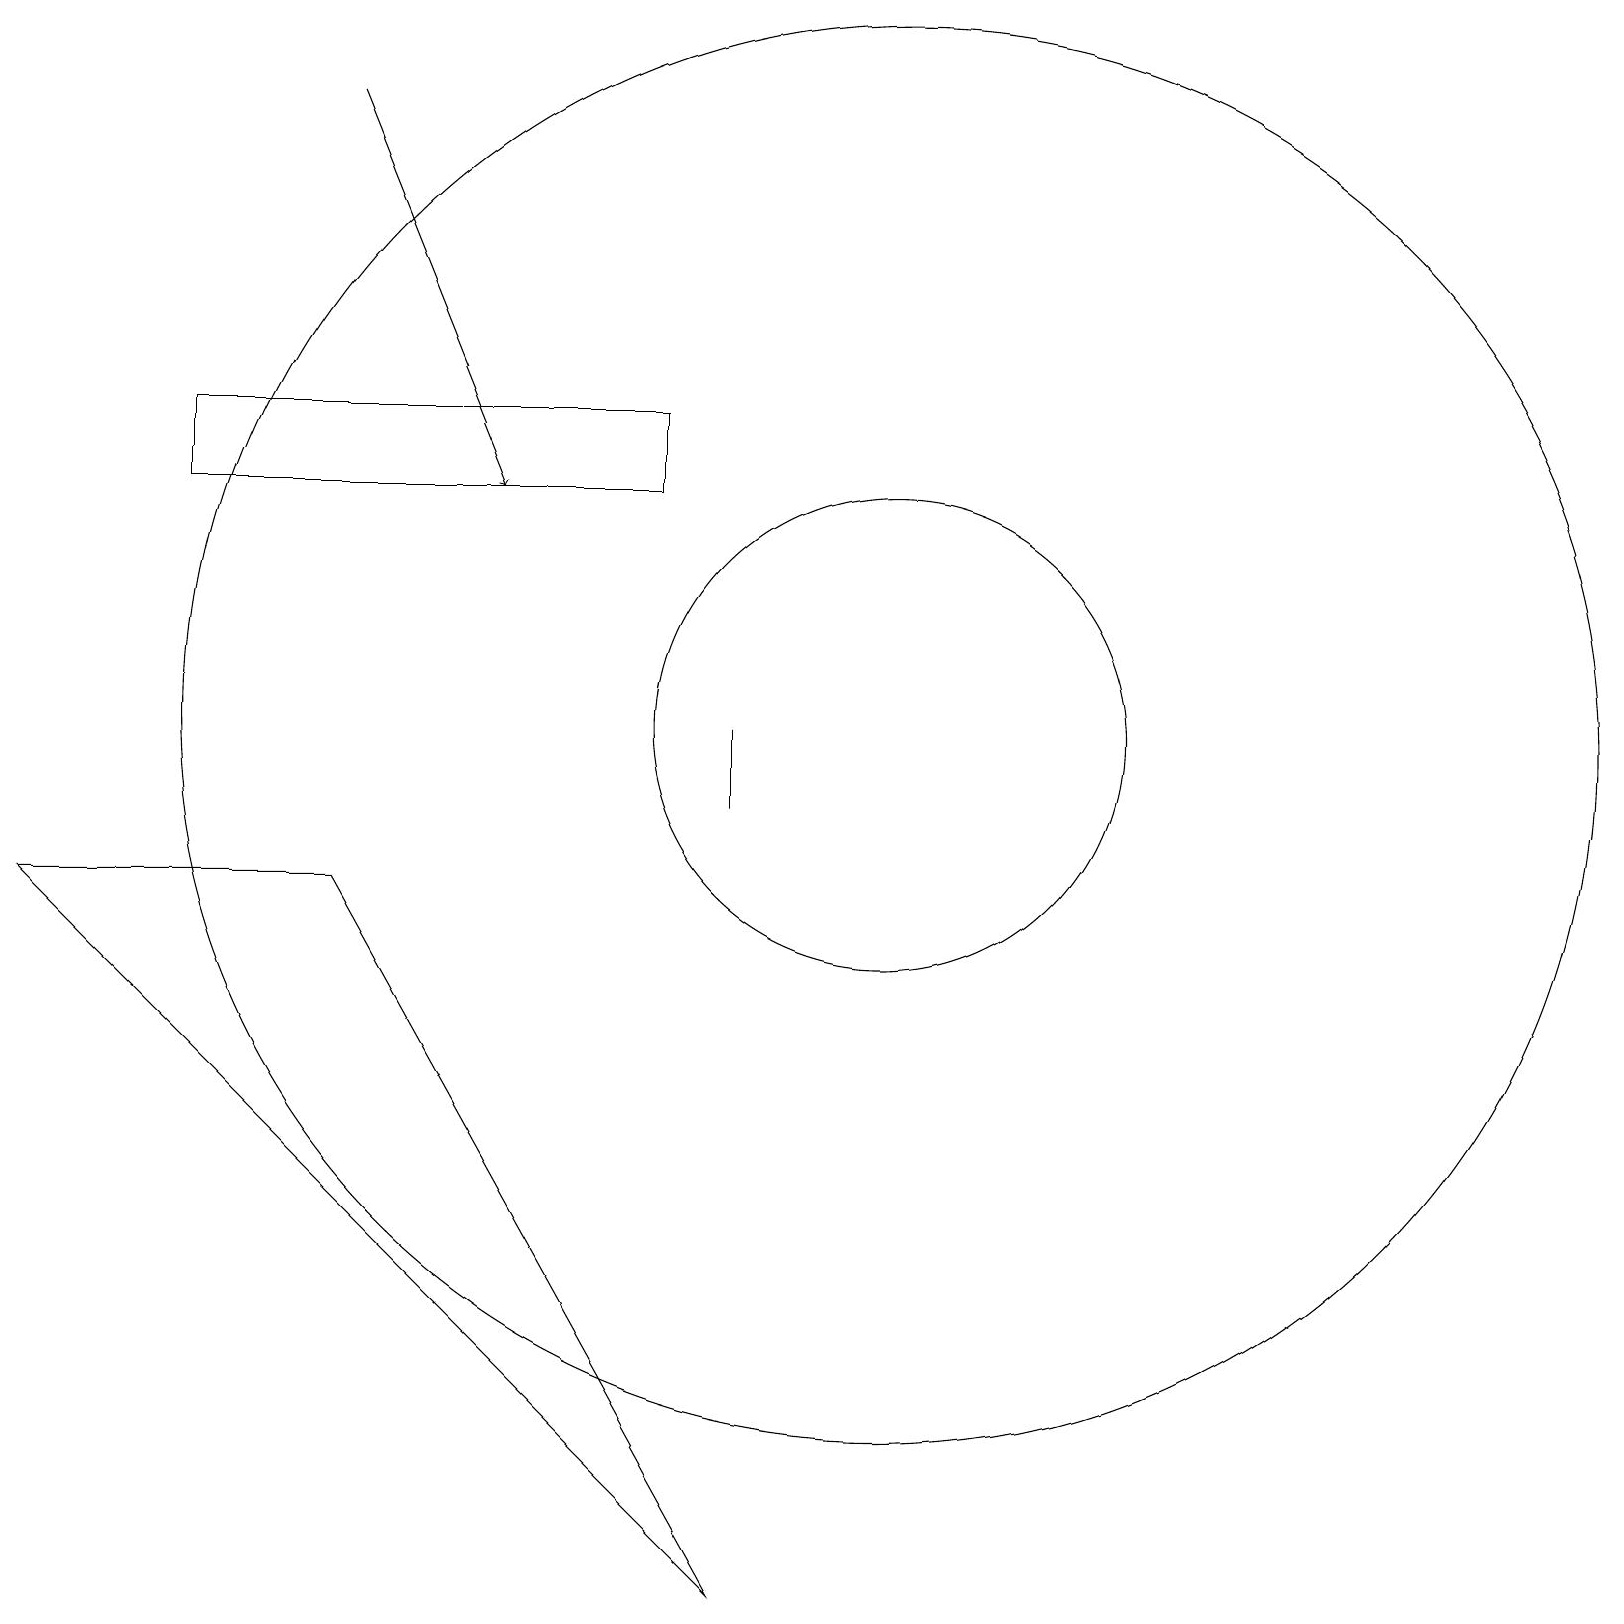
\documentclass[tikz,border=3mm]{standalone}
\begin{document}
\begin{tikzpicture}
\draw (11,11) circle (9);
\draw (2,15) rectangle (8,14);
\draw (9,10) rectangle (9,11);
\draw[->] (4,19) -- (6,14);
\draw (11,11) circle (3);
\draw (4,9) -- (9,0) -- (0,9) -- cycle;
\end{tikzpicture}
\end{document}